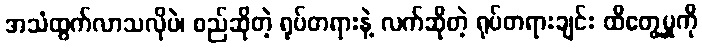
အသံထွက်လာသလိုပဲ၊ စည်ဆိုတဲ့ ရုပ်တရားနဲ့ လက်ဆိုတဲ့ ရုပ်တရားချင်း ထိတွေ့မှုကို